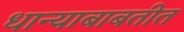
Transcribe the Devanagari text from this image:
धान्याबाबतीत